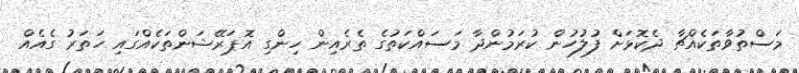
މަސްތުވާތަކެއްޗާ ދެކޮޅަށް ފުލުހުން ކުރަމުުންދާ މަސައްކަތުގެ ތެރެއިން ހިންގި އޮޕަރޭޝަންތަކެއްގައި ހަތަރު ގެއެއް